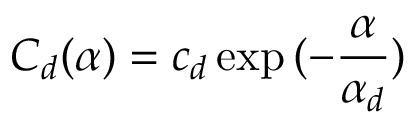
C _ { d } ( \alpha ) = c _ { d } \exp { ( - \frac { \alpha } { \alpha _ { d } } ) }